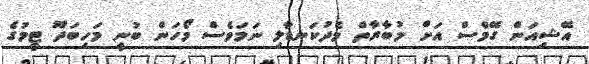
އޭޝިއަން ގޭމްސް އަށް މުބާރާތް މެދުކަނޑާލި ނަމަވެސް މޯހަން ބުނީ މަހިބަދޫ ޓީމުގެ